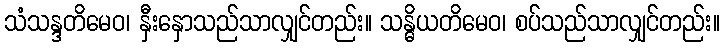
သံသန္ဒတိမေဝ၊ နှီးနှောသည်သာလျှင်တည်း။ သန္ဓိယတိမေဝ၊ စပ်သည်သာလျှင်တည်း။